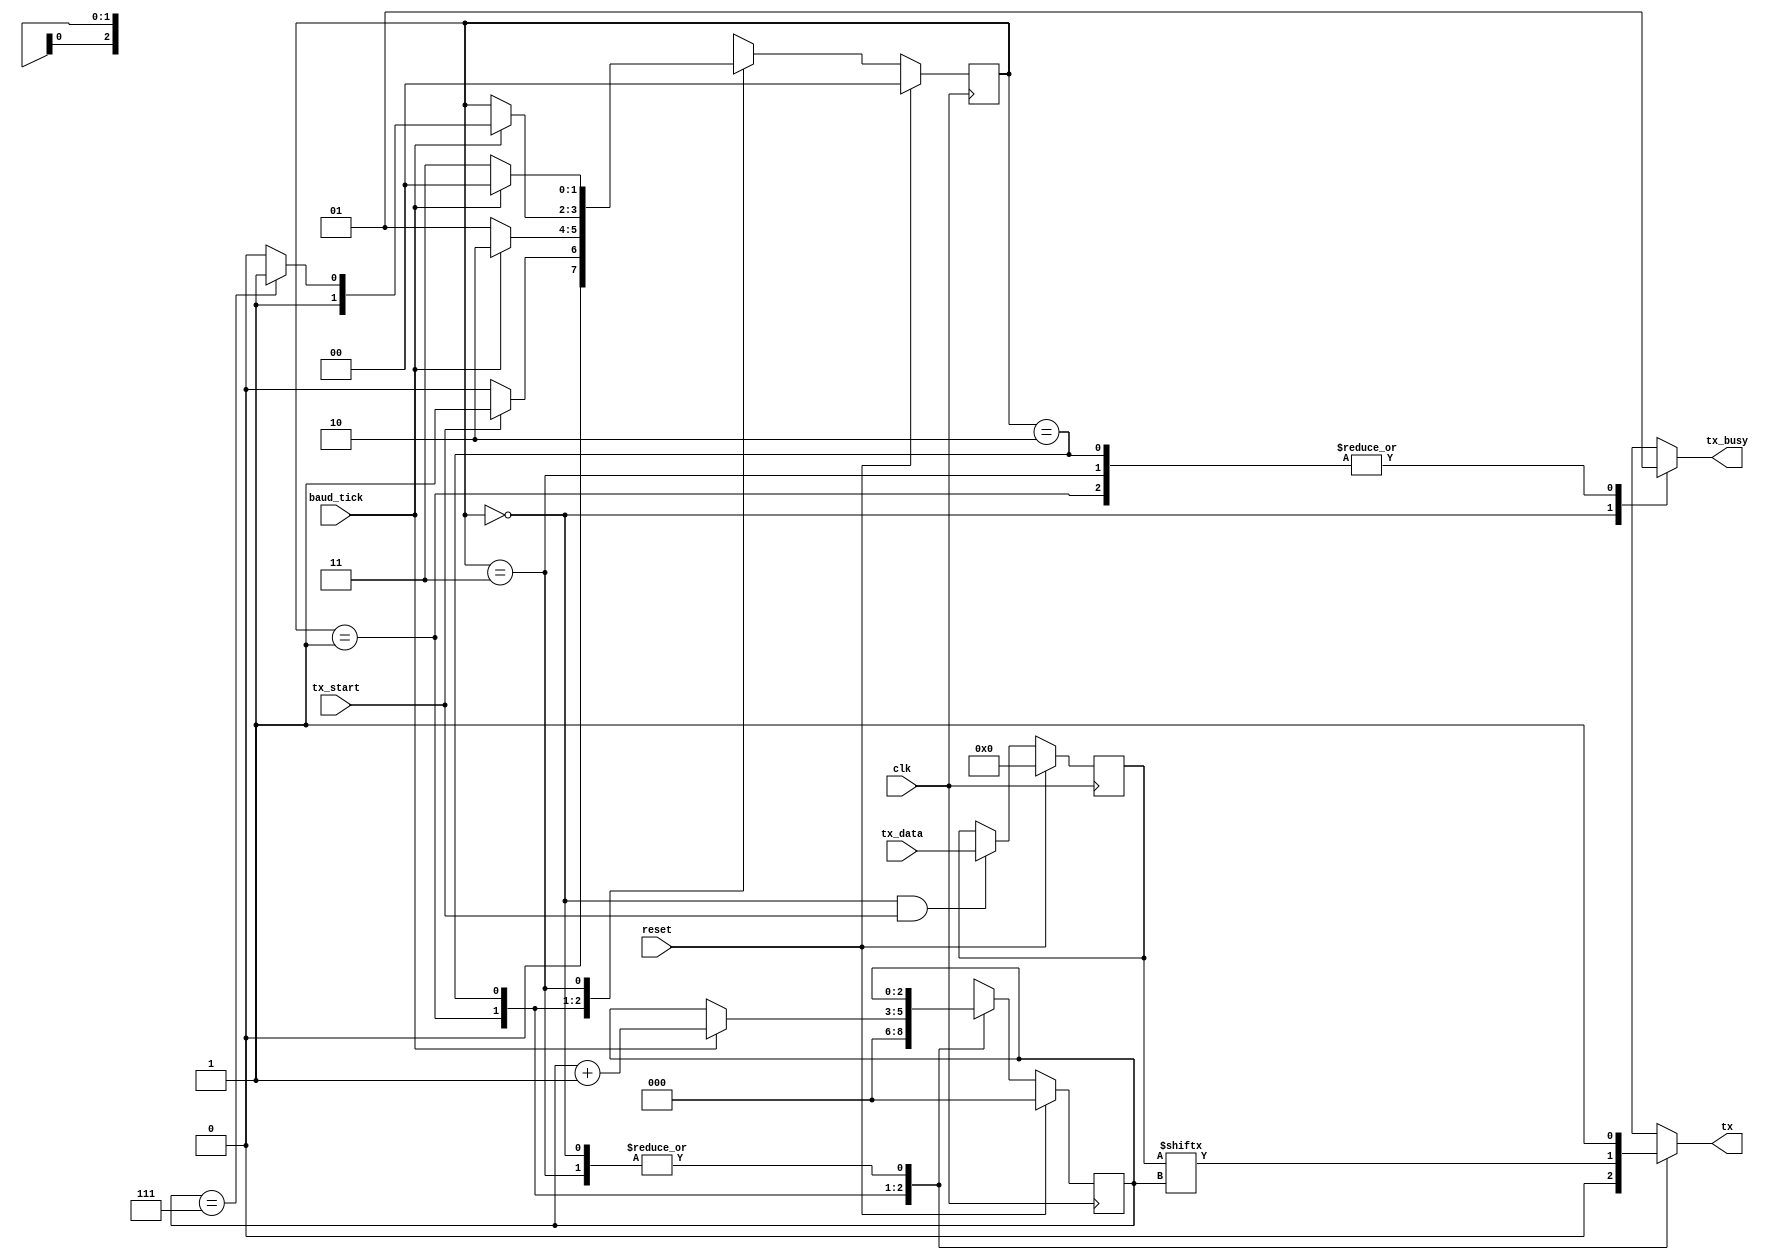
`timescale 1ns / 1ps
//////////////////////////////////////////////////////////////////////////////////
// Company: 
// Engineer: 
// 
// Design Name: 
// Module Name: uart_tx
// Project Name: 
// Target Devices: 
// Tool Versions: 
// Description: 
// 
// Dependencies: 
// 
// Revision:
// Revision 0.01 - File Created
// Additional Comments:
// 
//////////////////////////////////////////////////////////////////////////////////


module uart_tx
(
	input clk,
	input reset,
	input baud_tick,
	input tx_start,
	input [7:0] tx_data,
	output reg tx,
	output reg tx_busy
);

	localparam TX_IDLE  = 2'b00;
	localparam TX_START = 2'b01;
	localparam TX_SEND  = 2'b10;
	localparam TX_STOP  = 2'b11;

	reg [1:0] state = TX_IDLE, state_next;
	reg [2:0] counter = 3'd0, counter_next;
    reg [7:0] tx_data_reg;
    
    always @(posedge clk) begin
        if (reset)
            tx_data_reg <= 'd0;
        else if (state == TX_IDLE && tx_start)
            tx_data_reg <= tx_data;
    end

	always @(*) begin
		tx = 1'b1;
		tx_busy = 1'b1;
		state_next = state;
		counter_next = counter;

		case (state)
		TX_IDLE: begin
			tx_busy = 1'b0;
			state_next = (tx_start) ? TX_START : TX_IDLE;
		end
		TX_START: begin
			tx = 1'b0;
			state_next = (baud_tick) ? TX_SEND : TX_START;
			counter_next = 'd0;
		end
		TX_SEND: begin
			tx = tx_data_reg[counter];
			if (baud_tick) begin
				state_next = (counter == 'd7) ? TX_STOP : TX_SEND;
				counter_next = counter + 'd1;
			end
		end
		TX_STOP:
			state_next = (baud_tick) ? TX_IDLE : TX_STOP;
		endcase
	end

	always @(posedge clk) begin
		if (reset) begin
			state <= TX_IDLE;
			counter <= 'd0;
		end else begin
			state <= state_next;
			counter <= counter_next;
		end
	end

endmodule